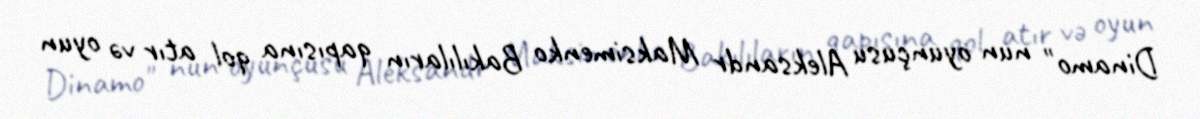
Dinamo" nun oyunçusu Aleksandr Maksimenko Bakılıların qapısına qol atır və oyun